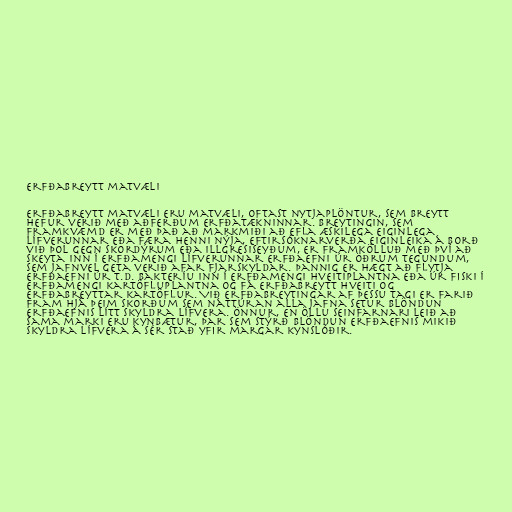
Erfðabreytt matvæli

Erfðabreytt matvæli eru matvæli, oftast nytjaplöntur, sem breytt
hefur verið með aðferðum erfðatækninnar. Breytingin, sem
framkvæmd er með það að markmiði að efla æskilega eiginlega
lífverunnar eða færa henni nýja, eftirsóknarverða eiginleika á borð
við þol gegn skordýrum eða illgresiseyðum, er framkölluð með því að
skeyta inn í erfðamengi lífverunnar erfðaefni úr öðrum tegundum,
sem jafnvel geta verið afar fjarskyldar. Þannig er hægt að flytja
erfðaefni úr t.d. bakteríu inn í erfðamengi hveitiplantna eða úr fiski í
erfðamengi kartöfluplantna og fá erfðabreytt hveiti og
erfðabreyttar kartöflur. Við erfðabreytingar af þessu tagi er farið
fram hjá þeim skorðum sem náttúran alla jafna setur blöndun
erfðaefnis lítt skyldra lífvera. Önnur, en öllu seinfarnari leið að
sama marki eru kynbætur, þar sem stýrð blöndun erfðaefnis mikið
skyldra lífvera á sér stað yfir margar kynslóðir.